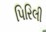
પિરિલી